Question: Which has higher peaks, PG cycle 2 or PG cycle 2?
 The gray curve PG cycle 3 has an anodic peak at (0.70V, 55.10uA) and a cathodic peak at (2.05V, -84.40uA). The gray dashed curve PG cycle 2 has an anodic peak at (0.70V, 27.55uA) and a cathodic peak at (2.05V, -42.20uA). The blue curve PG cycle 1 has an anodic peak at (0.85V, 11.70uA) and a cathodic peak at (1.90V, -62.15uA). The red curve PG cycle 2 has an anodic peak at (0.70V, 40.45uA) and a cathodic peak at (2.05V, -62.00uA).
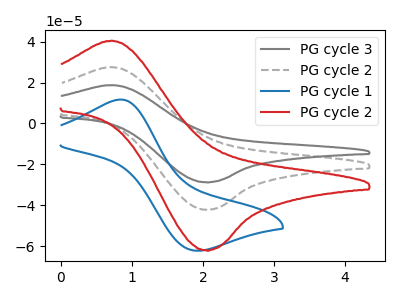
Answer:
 <answer>Every peak in "PG cycle 2" is higher than every peak in "PG cycle 2".</answer>
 <eval>higher</eval>